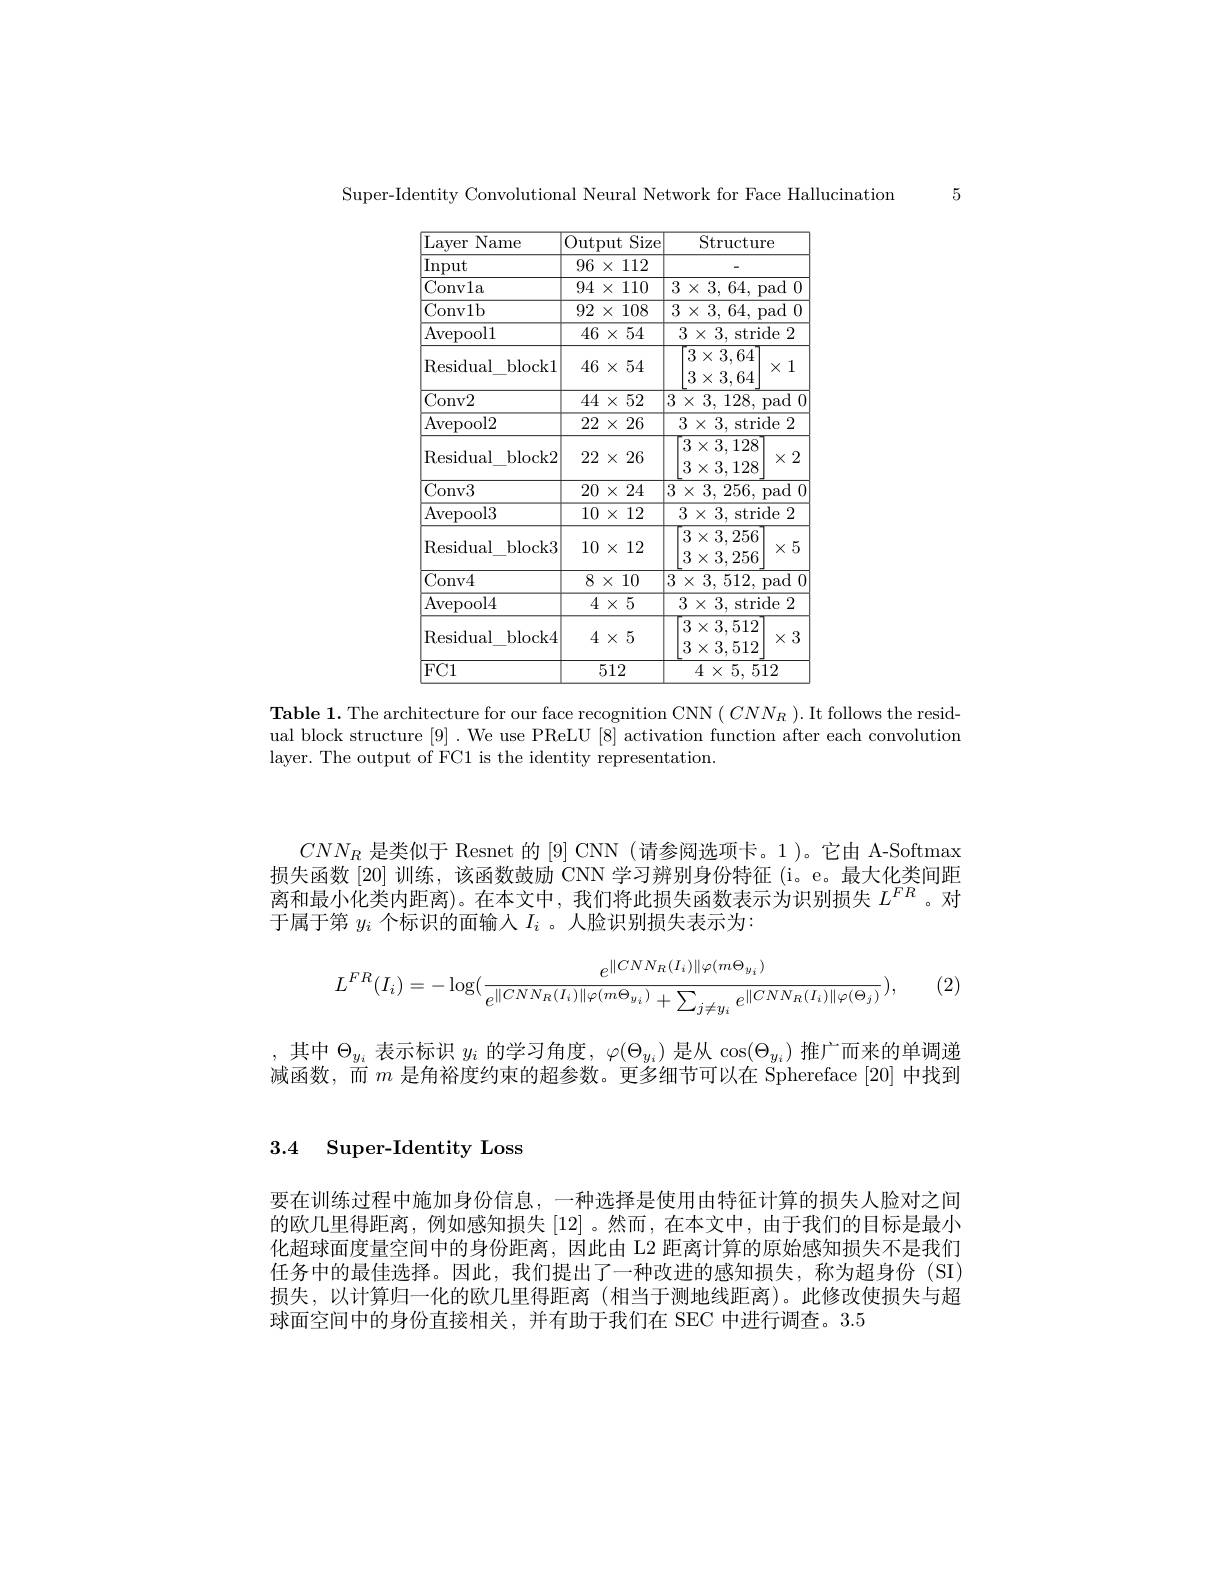
5

Super-Identity Convolutional Neural Network for Face Hallucination

<table>
	<tbody>
		<tr>
			<th>Layer Name</th>
			<th>Output Size</th>
			<th>Structure</th>
		</tr>
		<tr>
			<td>Input</td>
			<td>96 112 $X$ 1.</td>
			<td> </td>
		</tr>
		<tr>
			<td>Convla</td>
			<td>94 110 $1\times$</td>
			<td>$3\times3,64$,pad0</td>
		</tr>
		<tr>
			<td>Conv1b</td>
			<td>92 108 $X$ </td>
			<td>$3\times3,64$,pad0</td>
		</tr>
		<tr>
			<td>${\mathrm{Avepool}}1$</td>
			<td>$46\times54$</td>
			<td>$3\times3$,stride 2</td>
		</tr>
		<tr>
			<td>Residual block1</td>
			<td>$46\times54$</td>
			<td>$3\times3,64$ $\times1$ $3\times3,64$</td>
		</tr>
		<tr>
			<td>Conv2</td>
			<td>$44\times52$</td>
			<td>$3\times3,128$,pad 1 1</td>
		</tr>
		<tr>
			<td>Avepool2</td>
			<td>$22\times2$ 26</td>
			<td>$3\times3$,stride 2</td>
		</tr>
		<tr>
			<td>Residual block2</td>
			<td>22 $2\times$ 26</td>
			<td>$3\times3,128$ $\times2$ 3128</td>
		</tr>
		<tr>
			<td>Conv3</td>
			<td>$20\times24$</td>
			<td>$3\times3.256.$ pad 1 1</td>
		</tr>
		<tr>
			<td>Avepool3</td>
			<td>$10\times$ 12</td>
			<td>$3\times3$,stride 2</td>
		</tr>
		<tr>
			<td>Residual block3</td>
			<td>$10\times$ 12</td>
			<td>$3\times3,256$ $\times5$ $3\times3.256$</td>
		</tr>
		<tr>
			<td>Conv4</td>
			<td>$8\times10$</td>
			<td>$3\times3,512$,pad</td>
		</tr>
		<tr>
			<td>Avepool4</td>
			<td>$4\times5$</td>
			<td>$3\times3$,stride 2</td>
		</tr>
		<tr>
			<td>Residual block4</td>
			<td>$4\times5$</td>
			<td>$3\times3,512$ $\times3$ $3\times3.512$</td>
		</tr>
		<tr>
			<td>$FC1$</td>
			<td>512</td>
			<td>$4\times5.512$</td>
		</tr>
	</tbody>
</table>

Table 1. The architecture for our face recognition CNN $(CNN_{R}).$ It follows the residual block structure [9] . We use PReLU [8] activation function after each convolution layer. The output of FC1 is the identity representation.

$CNN_R$是类似于 Resnet 的[9] CNN (请参阅选项卡。1)。它由 A-Softmax 损失函数[20]训练，该函数鼓励 CNN 学习辨别身份特征 (i。e。最大化类间距离和最小化类内距离)。在本文中，我们将此损失函数表示为识别损失$L^{FR}$。对于属于第$y_i$个标识的面输入$I_i$ 。人脸识别损失表示为：
$$L^{FR}(I_i)=-\log(\frac{e^{\|CNN_R(I_i)\|\varphi(m\Theta_{y_i})}}{e^{\|CNN_R(I_i)\|\varphi(m\Theta_{y_i})}+\sum_{j\neq y_i}e^{\|CNN_R(I_i)\|\varphi(\Theta_j)}}),$$
(2)

,其中$\Theta_y_i$表示标识$y_i$的学习角度$,\varphi(\Theta_y_i)$是从$\cos(\Theta_{y_i})$推广而来的单调递减函数，而$m$是角裕度约束的超参数。更多细节可以在 Sphereface [20]中找到

3.4 Super-Identity Loss

要在训练过程中施加身份信息，一种选择是使用由特征计算的损失人脸对之间的欧几里得距离，例如感知损失[12] 。然而，在本文中，由于我们的目标是最小化超球面度量空间中的身份距离，因此由 L2 距离计算的原始感知损失不是我们任务中的最佳选择。因此，我们提出了一种改进的感知损失，称为超身份(SI) 损失，以计算归一化的欧几里得距离(相当于测地线距离)。此修改使损失与超球面空间中的身份直接相关，并有助于我们在 SEC 中进行调查。3.5